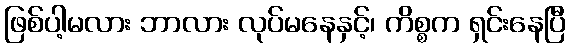
ဖြစ်ပါ့မလား ဘာလား လုပ်မနေနှင့်၊ ကိစ္စက ရှင်းနေပြီ